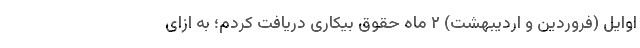
اوایل (فروردین و اردیبهشت) ۲ ماه حقوق بیکاری دریافت کردم؛ به ازای